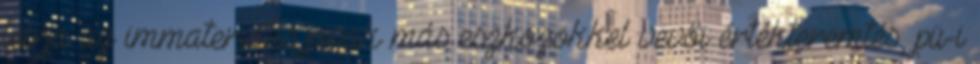
leírja az immateriális javak más eszközökkel vevői értékteremtés, pü-i